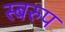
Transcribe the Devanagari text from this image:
स्बरुप